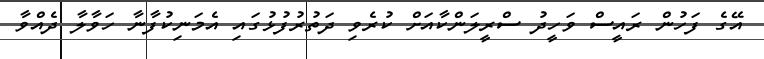
އޭގެ ފަހުން ރައީސް ވަހީދު ސްރީލަންކާއަށް ކުރެވި ދަތުރުފުޅުގައި އެމަނިކުފާނާ ހަވާލާ ދެއްވާ